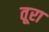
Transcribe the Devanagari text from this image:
तूरा